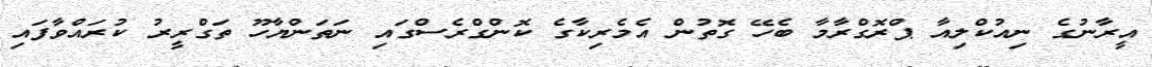
އީރާނުގެ ނިއުކްލިއާ ޕްރޮގްރާމާ ބެހޭ ގޮތުން އެމެރިކާގެ ކޮންގްރެސްގައި ނަތަންޔާހޫ ތަގްރީރު ކުރައްވާފައި